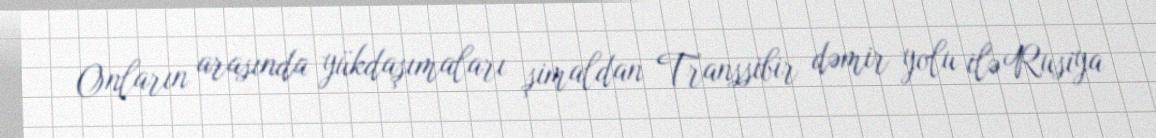
Onların arasında yükdaşımaları şimaldan Transsibir dəmir yolu ilə Rusiya